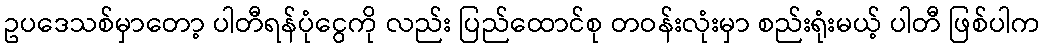
ဥပဒေသစ်မှာတော့ ပါတီရန်ပုံငွေကို လည်း ပြည်ထောင်စု တဝန်းလုံးမှာ စည်းရုံးမယ့် ပါတီ ဖြစ်ပါက